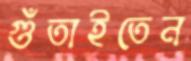
গুঁতাইতেন